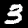
Digit: 3